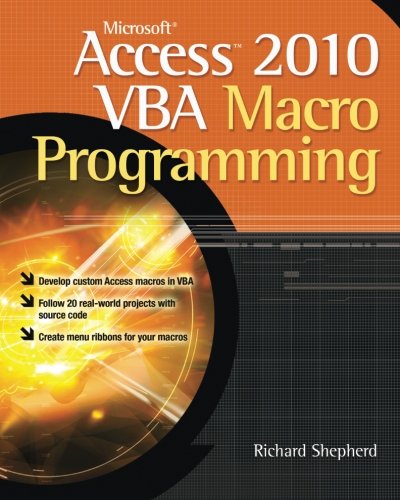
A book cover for Microsoft Access 2010 VBA Macro Programming; Richard Shepherd; Computers & Technology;